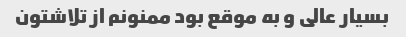
بسیار عالی و به موقع بود ممنونم از تلاشتون